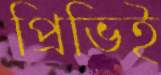
প্রিভিই